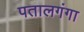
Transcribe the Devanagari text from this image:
पतालगंगा